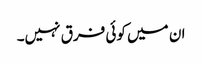
ان میں کوئی فرق نہیں۔